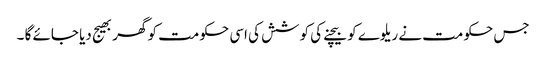
جس حکومت نے ریلوے کو بیچنے کی کوشش کی اسی حکومت کو گھر بھیج دیا جائے گا ۔